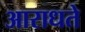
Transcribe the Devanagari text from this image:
आराधते